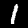
Digit: 1